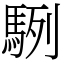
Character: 䮋